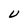
Character: U